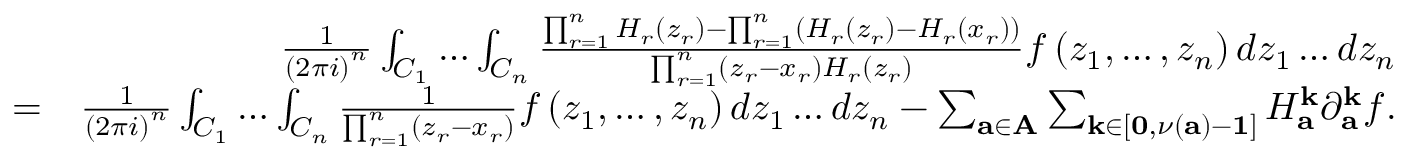
\begin{array} { r l r } & { } & { \frac { 1 } { \left( 2 \pi i \right) ^ { n } } \int _ { C _ { 1 } } \dots \int _ { C _ { n } } \frac { \prod _ { r = 1 } ^ { n } H _ { r } \left( z _ { r } \right) - \prod _ { r = 1 } ^ { n } \left( H _ { r } \left( z _ { r } \right) - H _ { r } \left( x _ { r } \right) \right) } { \prod _ { r = 1 } ^ { n } \left( z _ { r } - x _ { r } \right) H _ { r } \left( z _ { r } \right) } f \left( z _ { 1 } , \dots , z _ { n } \right) d z _ { 1 } \dots d z _ { n } } \\ & { = } & { \frac { 1 } { \left( 2 \pi i \right) ^ { n } } \int _ { C _ { 1 } } \dots \int _ { C _ { n } } \frac { 1 } { \prod _ { r = 1 } ^ { n } \left( z _ { r } - x _ { r } \right) } f \left( z _ { 1 } , \dots , z _ { n } \right) d z _ { 1 } \dots d z _ { n } - \sum _ { \mathbf { a \in A } } \sum _ { \mathbf { k \in } \left[ \mathbf { 0 , } \nu \left( \mathbf { a } \right) - \mathbf { 1 } \right] } H _ { \mathbf { a } } ^ { \mathbf { k } } \partial _ { \mathbf { a } } ^ { \mathbf { k } } f . } \end{array}